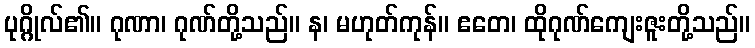
ပုဂ္ဂိုလ်၏။ ဂုဏာ၊ ဂုဏ်တို့သည်။ န၊ မဟုတ်ကုန်။ ဧတေ၊ ထိုဂုဏ်ကျေးဇူးတို့သည်။